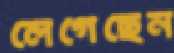
লেগেছেন